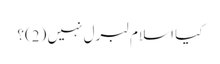
کیا اسلام لبرل نہیں (2)؟